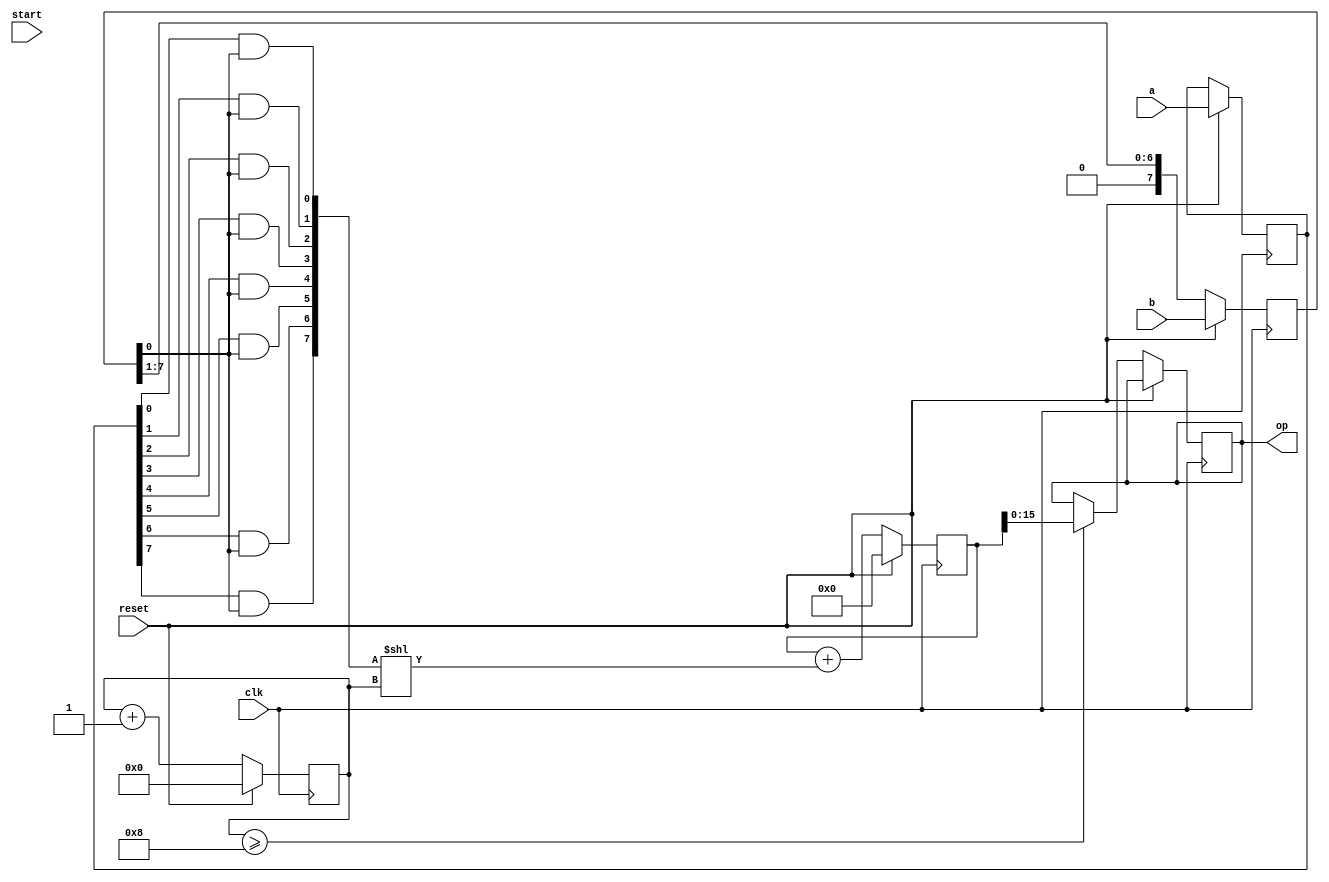
`timescale 1ns/1ns
module mult_8(clk,start,reset,a,b,op);
input [7:0] a,b;
input clk,start,reset;
output reg [15:0] op;

reg [7:0]a1,b1;
reg [16:0]sum;
wire temp;
reg [3:0]i;
assign temp = b1[0];
wire [15:0]temp2;
assign temp2 = {a1[7]&temp,a1[6]&temp,a1[5]&temp,a1[4]&temp,a1[3]&temp,a1[2]&temp,a1[1]&temp,a1[0]&temp}<<i;
always @(posedge clk)begin
	if (reset) begin
	a1 <= a;
	b1 <= b;
	sum <= 0;
	i <= 0;
	end else begin 
		sum <= sum + temp2;
		b1 <= b1 >>1;
		i <= i+1;
		if(i>=8)begin
			op <=sum;
		end
	end
end
endmodule